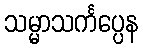
သမ္မာသင်္ကပ္ပေန